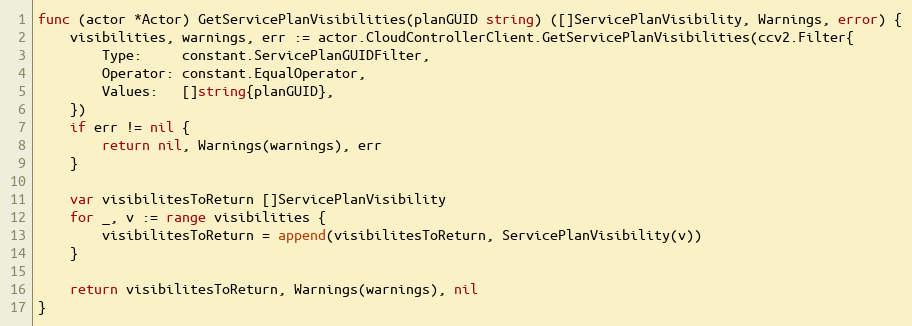
Language: Go
func (actor *Actor) GetServicePlanVisibilities(planGUID string) ([]ServicePlanVisibility, Warnings, error) {
	visibilities, warnings, err := actor.CloudControllerClient.GetServicePlanVisibilities(ccv2.Filter{
		Type:     constant.ServicePlanGUIDFilter,
		Operator: constant.EqualOperator,
		Values:   []string{planGUID},
	})
	if err != nil {
		return nil, Warnings(warnings), err
	}

	var visibilitesToReturn []ServicePlanVisibility
	for _, v := range visibilities {
		visibilitesToReturn = append(visibilitesToReturn, ServicePlanVisibility(v))
	}

	return visibilitesToReturn, Warnings(warnings), nil
}